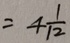
= 4 \frac { 1 } { 1 2 }